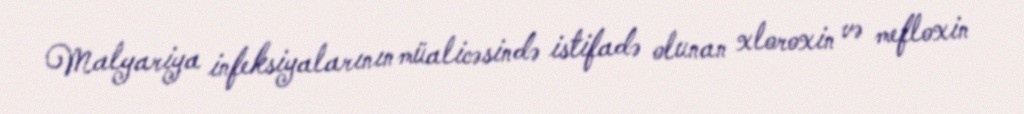
Malyariya infeksiyalarının müalicəsində istifadə olunan xloroxin və mefloxin